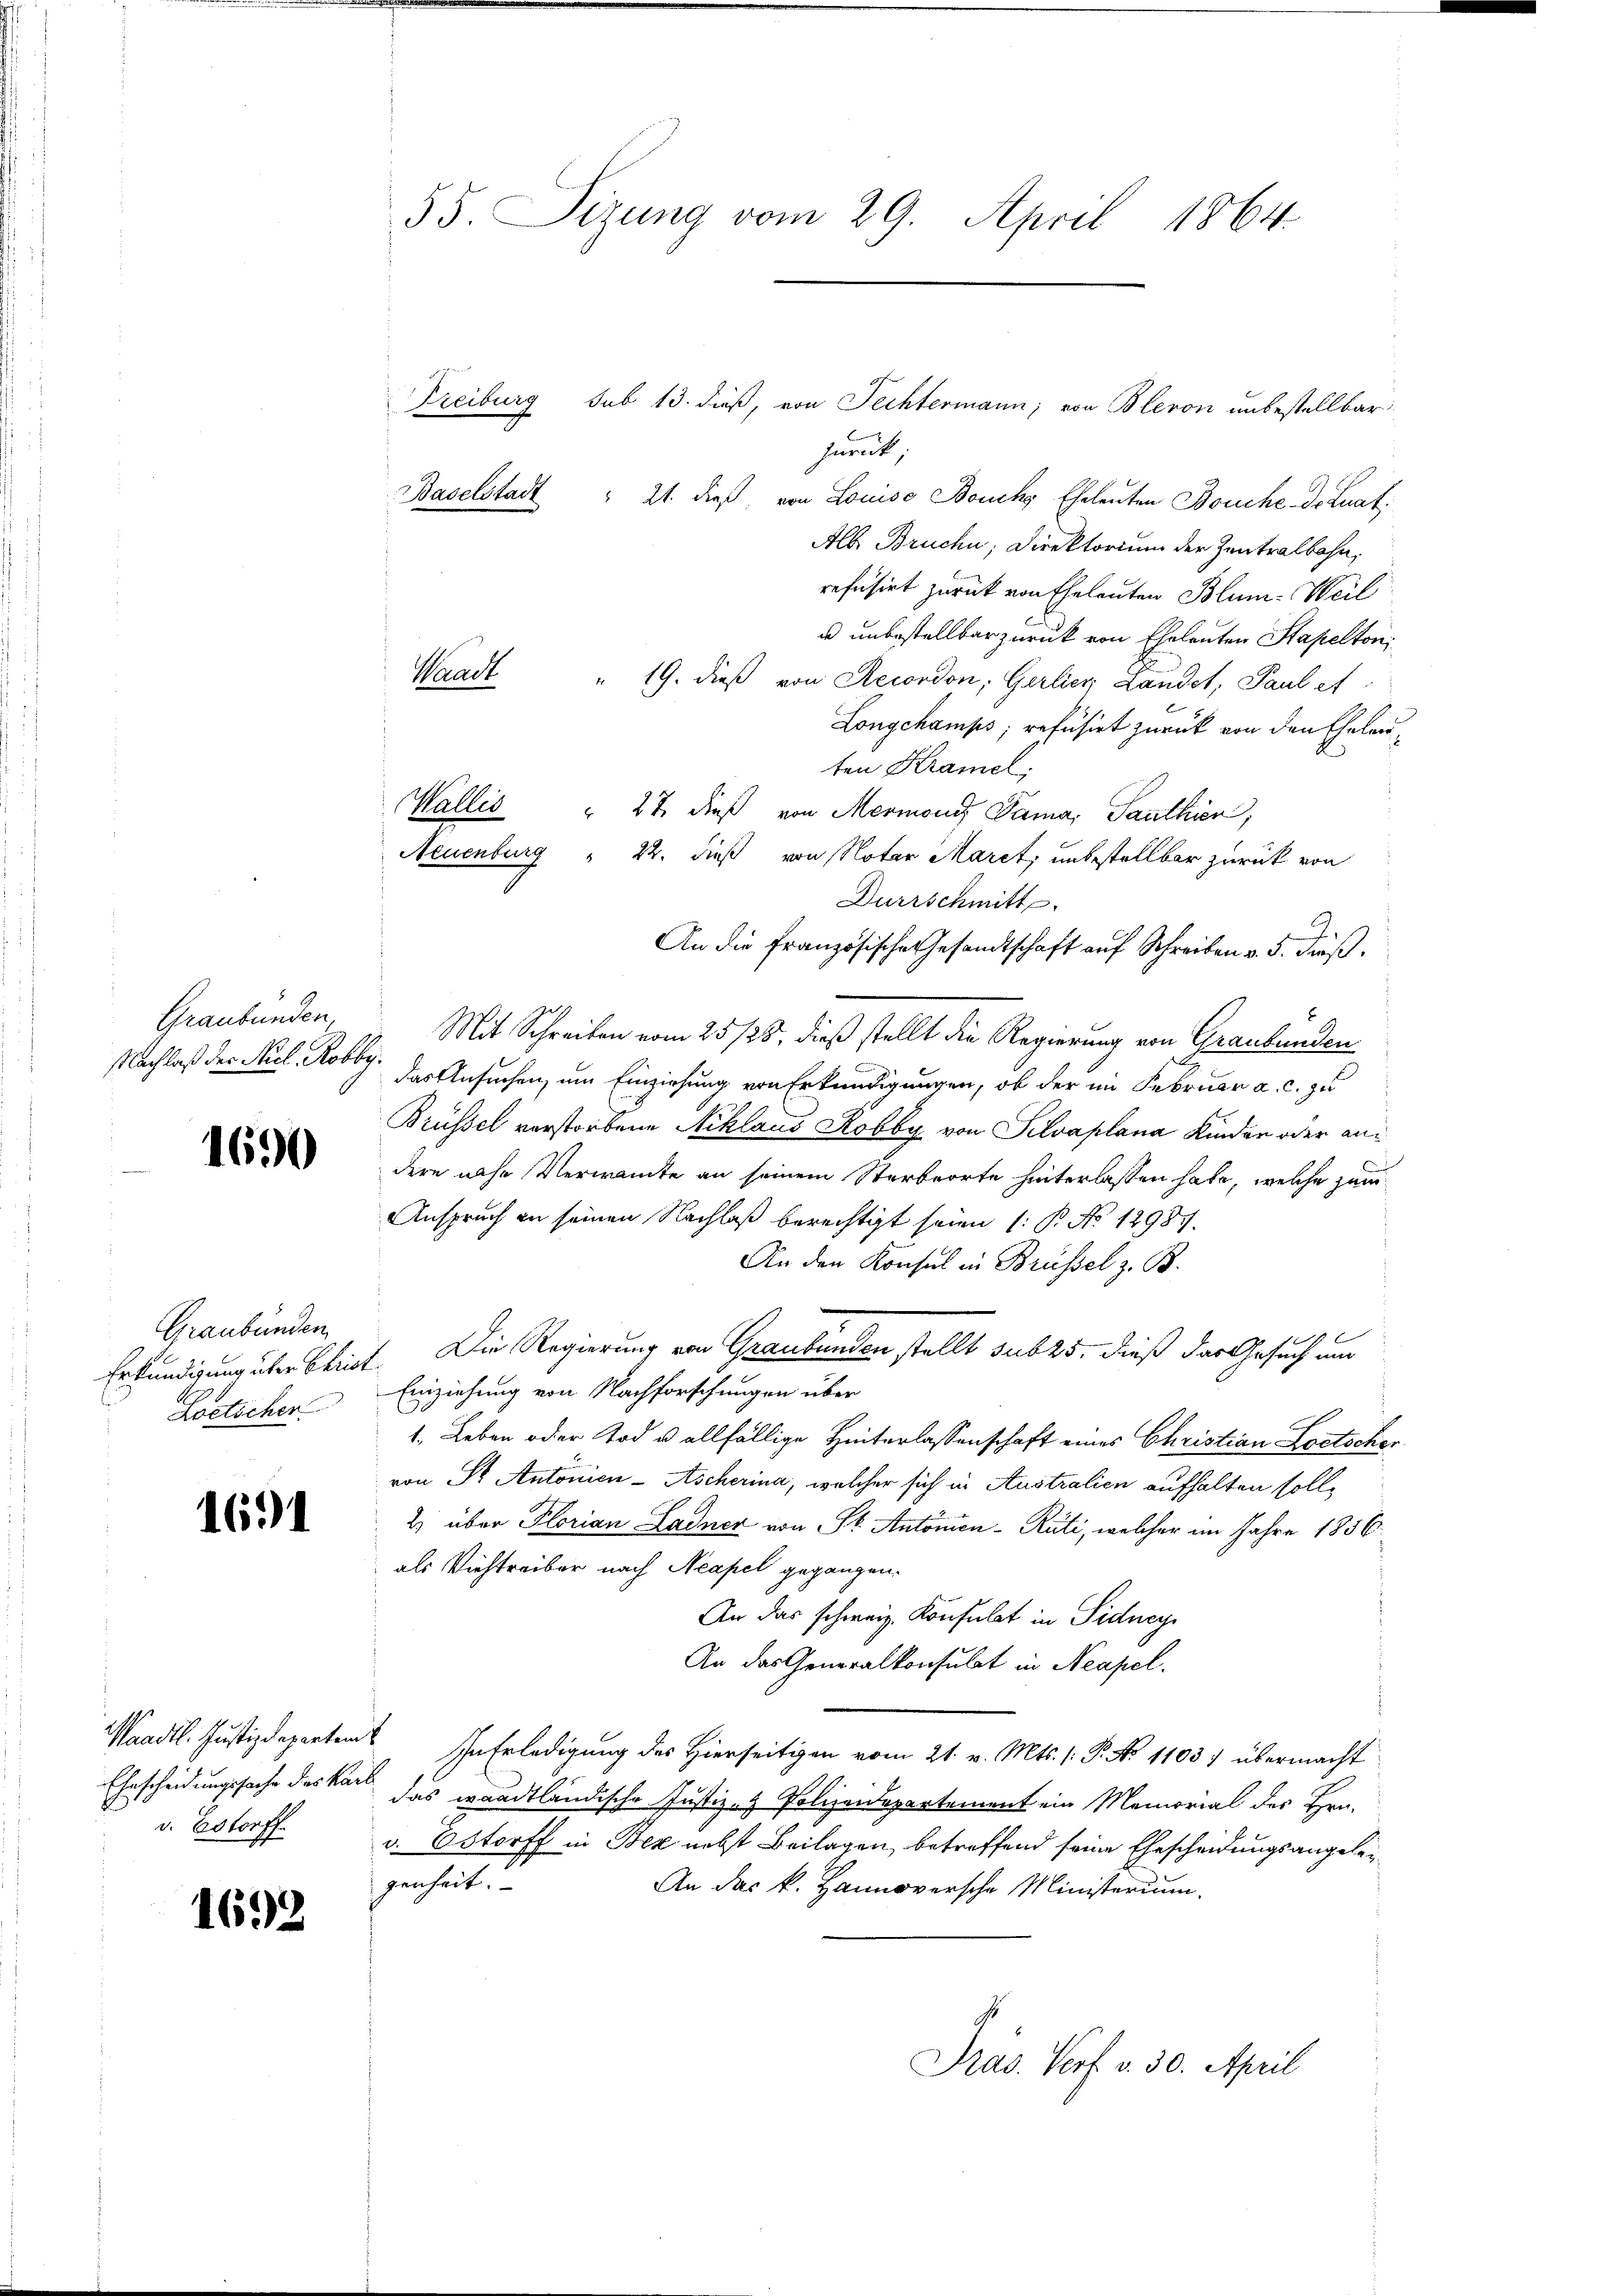
Graubünden,
Nachlaß der Nicl. Robbe

1690

Graubünden
Erkundigung über Christ
Loetscher

1691

Waadt. Justizdepartem
Ehescheidungssache dies kar
v. Estorff

1692

55. Sizung vom 29. April 1864.

Freiburg sub 13. dieß, von Fechtermann; von Bleron unbestellbar
zuruk
Baselstadt " 21. dieß von Louise Boucks Eheleuten Bouche Dr. Luat:
Alb Bruche, Direktorium der Zentralbahn,
refüsirt zurück von Eheleuten Blum-Weil
u unbestellbar zurück von Eheleuten Stapelton,
" 19. dieß von Recondon, Gerlier Landel, Paul et
Longchamps; refüsiet zurück von den Eheleiten Kramel;
Wallis " 27 dieß von Mermonis Dama, Panthien,
Neuenburg " 22. dieß von Notar Maret, unbestellbar zurück von
Durrschmitt
2.
An die französische Gesandtschaft auf Schreiben v. 5. daß
Mit Schreiben vom 25 /25. dieß stellt die Regierung von Graubünden
das Ansuchen, um Einziehung von Erkundigungen, ob der im Februar a. c. zu
Brüssel verstorbene Niklaus Robby von Silvaplana Kinder oder an
dere nahe Verwandte an seinem Sterbeorte hinterlassen habe, welche zum
Anspruch in seinen Nachlaß berechtigt seien (: P. No 12987.
An den Konsul in Brüssel z. B.
 Die Regierung von Graubünden stellt sub 25, dieß das Gesuch um
Einziehung von Nachforschungen über
1. Leben oder Tod u allfällige Hinterlassenschaft eines Christian Lostscher
von Sr. Antonien- Ascherina, welcher sich in Australien aufhalten soll,
2 über Florian Ladner von St. Antonien-Rüti, welcher im Jahre 1856.
als Viehtreiber nach Neapel gegangen.
An das schweiz. Konsulat in Sidney
Ar das Generalkonsulat in Neapel.
In Erledigung des Hierseitigen vom 21. v. Mts. (: P. No 1103. übermacht
das waadtländische Justiz- & Polizeidepartement ein Memorial des Hrn.
v. Estorff in Bez nebst Beilagen, betreffend seine Ehescheidungsangelei
genheit.
An das k. Hannoversche Ministerium.
Pras. Verf. v. 30. April

Waadt